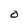
Character: o